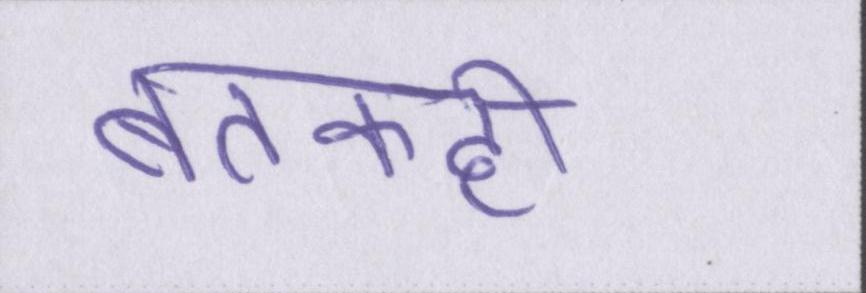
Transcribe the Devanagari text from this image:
बतकही